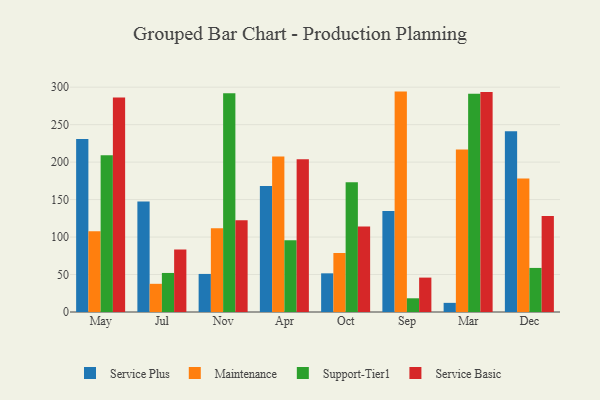
{"axis": {"x": "Month", "y": "Bounce Rate (%)"}, "legend": ["Maintenance", "Service Basic", "Service Plus", "Support-Tier1"], "data": [{"x": "May", "y": 230.8, "type": "Service Plus"}, {"x": "May", "y": 107.9, "type": "Maintenance"}, {"x": "May", "y": 209.1, "type": "Support-Tier1"}, {"x": "May", "y": 286.3, "type": "Service Basic"}, {"x": "Jul", "y": 147.5, "type": "Service Plus"}, {"x": "Jul", "y": 37.6, "type": "Maintenance"}, {"x": "Jul", "y": 52.1, "type": "Support-Tier1"}, {"x": "Jul", "y": 83.4, "type": "Service Basic"}, {"x": "Nov", "y": 50.8, "type": "Service Plus"}, {"x": "Nov", "y": 111.9, "type": "Maintenance"}, {"x": "Nov", "y": 291.9, "type": "Support-Tier1"}, {"x": "Nov", "y": 122.4, "type": "Service Basic"}, {"x": "Apr", "y": 168.3, "type": "Service Plus"}, {"x": "Apr", "y": 207.6, "type": "Maintenance"}, {"x": "Apr", "y": 95.7, "type": "Support-Tier1"}, {"x": "Apr", "y": 203.9, "type": "Service Basic"}, {"x": "Oct", "y": 51.6, "type": "Service Plus"}, {"x": "Oct", "y": 78.7, "type": "Maintenance"}, {"x": "Oct", "y": 173.3, "type": "Support-Tier1"}, {"x": "Oct", "y": 114.1, "type": "Service Basic"}, {"x": "Sep", "y": 134.7, "type": "Service Plus"}, {"x": "Sep", "y": 294.1, "type": "Maintenance"}, {"x": "Sep", "y": 18.3, "type": "Support-Tier1"}, {"x": "Sep", "y": 45.9, "type": "Service Basic"}, {"x": "Mar", "y": 12.2, "type": "Service Plus"}, {"x": "Mar", "y": 216.7, "type": "Maintenance"}, {"x": "Mar", "y": 291.3, "type": "Support-Tier1"}, {"x": "Mar", "y": 293.7, "type": "Service Basic"}, {"x": "Dec", "y": 241.1, "type": "Service Plus"}, {"x": "Dec", "y": 178.2, "type": "Maintenance"}, {"x": "Dec", "y": 58.8, "type": "Support-Tier1"}, {"x": "Dec", "y": 128.1, "type": "Service Basic"}]}